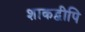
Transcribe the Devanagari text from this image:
शाकद्वीपि